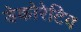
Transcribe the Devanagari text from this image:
डेकोरेटिव